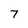
Character: 7